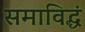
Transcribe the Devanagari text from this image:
समाविद्धं